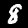
Label: 8